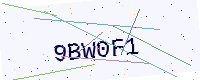
Text: 9BW0F1